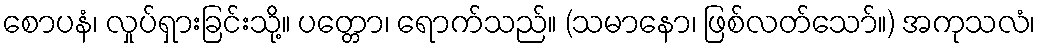
စောပနံ၊ လှုပ်ရှားခြင်းသို့။ ပတ္တော၊ ရောက်သည်။ (သမာနော၊ ဖြစ်လတ်သော်။) အကုသလံ၊